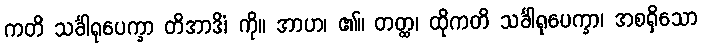
ကတိ သင်္ခါရုပေက္ခာ တိအာဒိံ၊ ကို။ အာဟ၊ ၏။ တတ္ထ၊ ထိုကတိ သင်္ခါရုပေက္ခာ၊ အစရှိသော